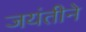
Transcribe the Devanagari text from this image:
जयंतीने